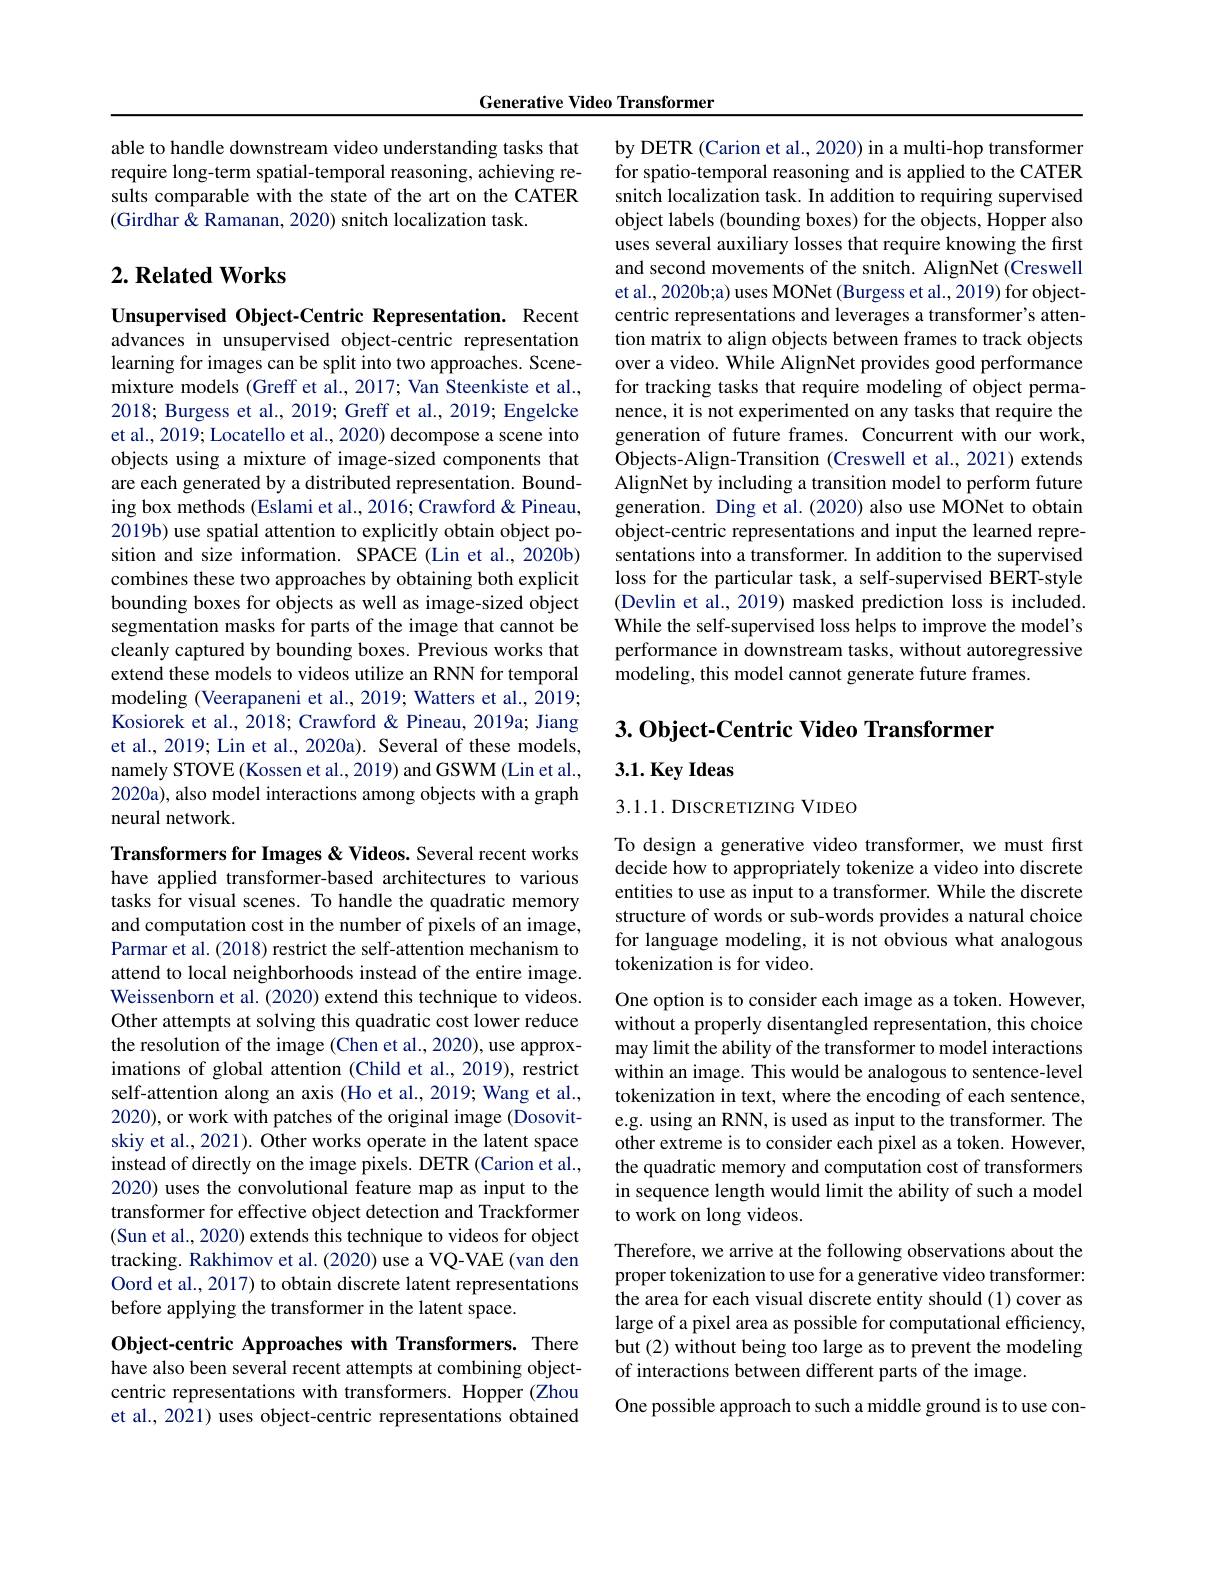
Generative Video Transformer

able to handle downstream video understanding tasks that require long-term spatial-temporal reasoning, achieving results comparable with the state of the art on the CATER (Girdhar & Ramanan, 2020) snitch localization task.

# $2. \textbf{ Related Works}$

Unsupervised Object-Centric Representation. Recent advances in unsupervised object-centric representation learning for images can be split into two approaches. Scenemixture models (Greff et al., 2017; Van Steenkiste et al., 2018; Burgess et al., 2019; Greff et al., 2019; Engelcke et al., 2019; Locatello et al., 2020) decompose a scene into objects using a mixture of image-sized components that are each generated by a distributed representation. Bounding box methods (Eslami et al., 2016; Crawford & Pineau, 2019b) use spatial attention to explicitly obtain object position and size information. SPACE (Lin et al., 2020b) combines these two approaches by obtaining both explicit bounding boxes for objects as well as image-sized object segmentation masks for parts of the image that cannot be cleanly captured by bounding boxes. Previous works that extend these models to videos utilize an RNN for temporal modeling (Veerapaneni et al., 2019; Watters et al., 2019; Kosiorek et al., 2018; Crawford & Pineau, 2019a; Jiang et al., 2019; Lin et al., 2020a). Several of these models, namely STOVE (Kossen et al., 2019) and GSWM (Lin et al., 2020a), also model interactions among objects with a graph neural network.

Transformers for Images & Videos. Several recent works have applied transformer-based architectures to various tasks for visual scenes. To handle the quadratic memory and computation cost in the number of pixels of an image, Parmar et al. (2018) restrict the self-attention mechanism to attend to local neighborhoods instead of the entire image. Weissenborn et al. (2020) extend this technique to videos. Other attempts at solving this quadratic cost lower reduce the resolution of the image (Chen et al., 2020), use approximations of global attention (Child et al., 2019), restrict self-attention along an axis (Ho et al., 2019; Wang et al., 2020), or work with patches of the original image (Dosovitskiy et al., 2021). Other works operate in the latent space instead of directly on the image pixels. DETR (Carion et al., 2020) uses the convolutional feature map as input to the transformer for effective object detection and Trackformer (Sun et al., 2020) extends this technique to videos for object tracking. Rakhimov et al. (2020) use a VQ-VAE (van den Oord et al., 2017) to obtain discrete latent representations before applying the transformer in the latent space.

Object-centric Approaches with Transformers. There have also been several recent attempts at combining objectcentric representations with transformers. Hopper (Zhou et al., 2021) uses object-centric representations obtained

by DETR (Carion et al., 2020) in a multi-hop transformer for spatio-temporal reasoning and is applied to the CATER snitch localization task. In addition to requiring supervised object labels (bounding boxes) for the objects, Hopper also uses several auxiliary losses that require knowing the first and second movements of the snitch. AlignNet (Creswell et al., 2020b;a) uses MONet (Burgess et al., 2019) for objectcentric representations and leverages a transformer's attention matrix to align objects between frames to track objects over a video. While AlignNet provides good performance for tracking tasks that require modeling of object permanence, it is not experimented on any tasks that require the generation of future frames. Concurrent with our work, Objects-Align-Transition (Creswell et al., 2021) extends AlignNet by including a transition model to perform future generation. Ding et al.(2020) also use MÔNet to obtain object-centric representations and input the learned representations into a transformer. In addition to the supervised loss for the particular task, a self-supervised BERT-style (Devlin et al., 2019) masked prediction loss is included. While the self-supervised loss helps to improve the model's performance in downstream tasks, without autoregressive modeling, this model cannot generate future frames.

$3. \textbf{Object- Centric Video Transformer}$

$3. 1. \textbf{Key Ideas}$

3.1.1. DISCRETIZING VIDEO

To design a generative video transformer, we must first decide how to appropriately tokenize a video into discrete entities to use as input to a transformer. While the discrete structure of words or sub-words provides a natural choice for language modeling, it is not obvious what analogous tokenization is for video.

One option is to consider each image as a token. However, without a properly disentangled representation, this choice may limit the ability of the transformer to model interactions within an image. This would be analogous to sentence-level tokenization in text, where the encoding of each sentence, e.g. using an RNN, is used as input to the transformer. The other extreme is to consider each pixel as a token. However, the quadratic memory and computation cost of transformers in sequence length would limit the ability of such a model to work on long videos.
Therefore, we arrive at the following observations about the proper tokenization to use for a generative video transformer: the area for each visual discrete entity should (1) cover as large of a pixel area as possible for computational efficiency, but (2) without being too large as to prevent the modeling of interactions between different parts of the image.
One possible approach to such a middle ground is to use con-